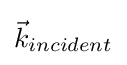
{\textstyle {\vec {k}}_{incident}}